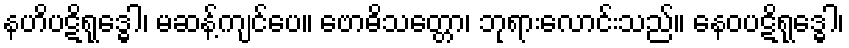
နဟိပဋိရုဒ္ဓေါ၊ မဆန့်ကျင်ပေ။ ဗောဓိသတ္တော၊ ဘုရားလောင်းသည်။ နေဝပဋိရုဒ္ဓေါ၊